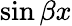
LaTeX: \sin{\beta x}